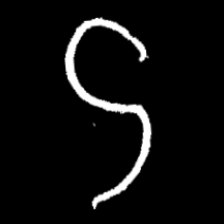
Pyu character \u2014 Myanmar letter: ဌ (romanized: ttha)